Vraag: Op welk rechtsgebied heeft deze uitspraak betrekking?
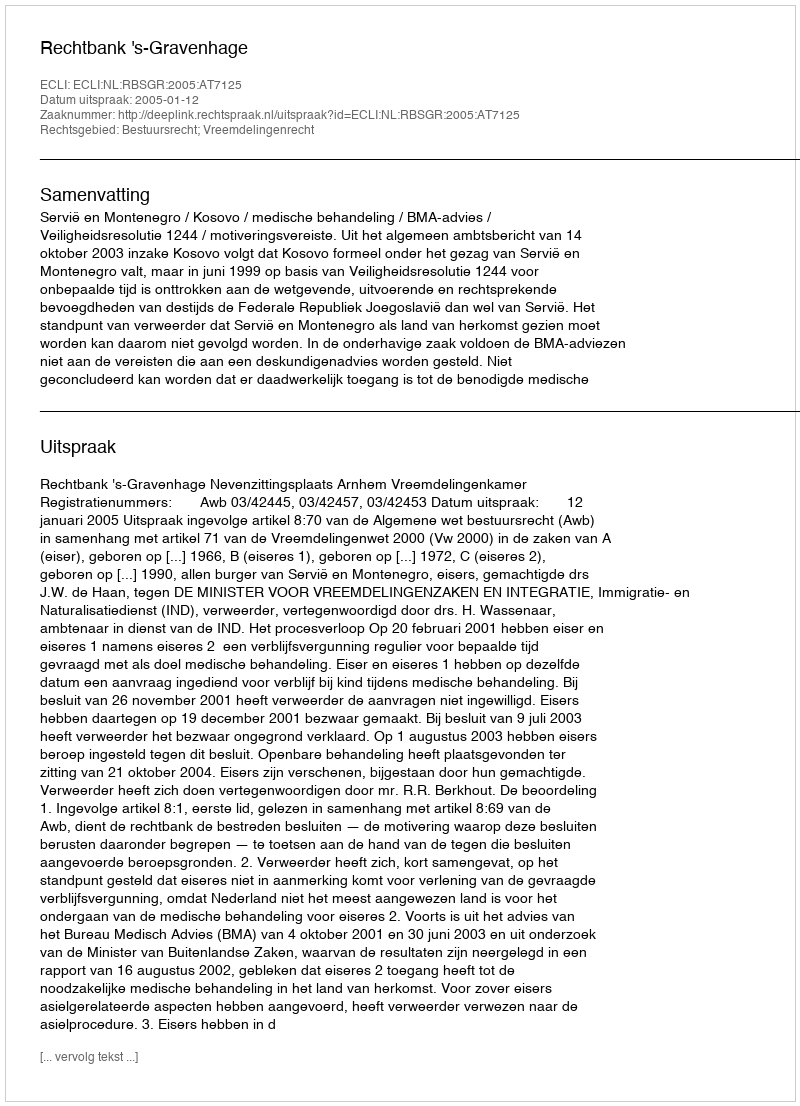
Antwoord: Bestuursrecht; Vreemdelingenrecht